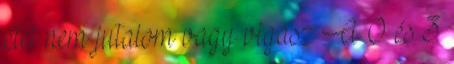
étel nem jutalom vagy vigasz A 0 és 3